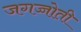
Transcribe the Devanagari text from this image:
जगज्जोती